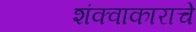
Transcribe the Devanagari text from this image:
शंक्वाकाराचे